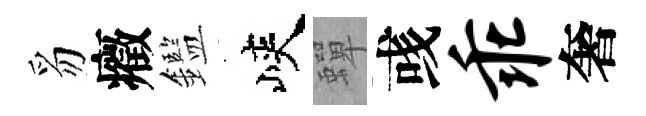
豸癥鑑峽蟬彧乖奢